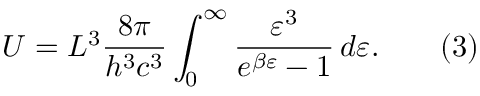
U = L ^ { 3 } { \frac { 8 \pi } { h ^ { 3 } c ^ { 3 } } } \int _ { 0 } ^ { \infty } { \frac { \varepsilon ^ { 3 } } { e ^ { \beta \varepsilon } - 1 } } \, d \varepsilon . \qquad { \mathrm { ( 3 ) } }